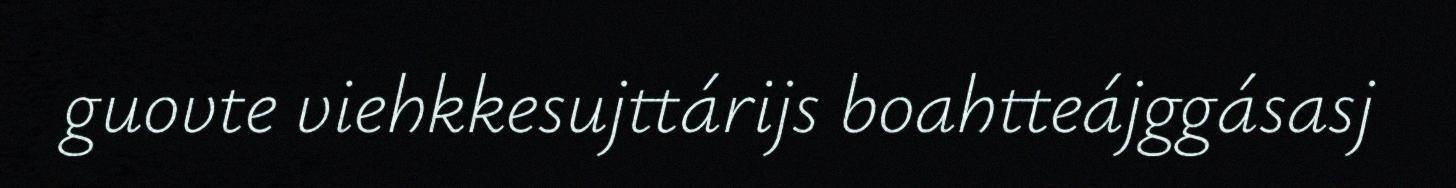
guovte viehkkesujttárijs boahtteájggásasj